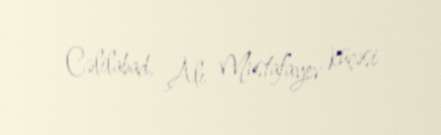
Cəlilabad, Alı Mustafayev küçəsi